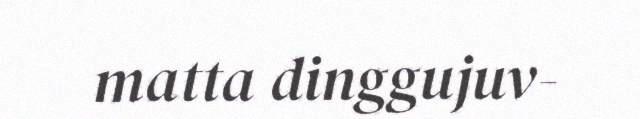
matta dinggujuv-